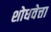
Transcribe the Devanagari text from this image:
शोधवेत्ता